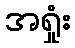
အရှုံး